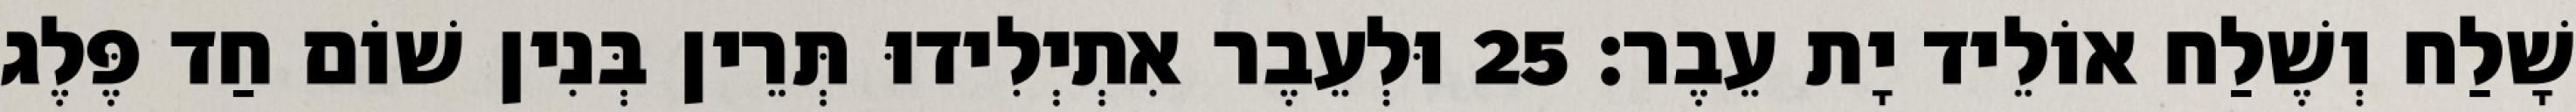
שָׁלַח וְשֶׁלַח אוֹלֵיד יָת עֵבֶר׃ 25 וּלְעֵבֶר אִתְיְלִידוּ תְּרֵין בְּנִין שׁוֹם חַד פֶּלֶג